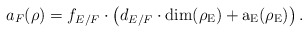
\begin{align*} a_F(\rho)=f_{E/F}\cdot \left( d_{E/F}\cdot \rm{dim}(\rho_E)+\textrm{a}_E(\rho_E)\right).\end{align*}